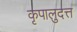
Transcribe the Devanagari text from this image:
कृपालुदत्त